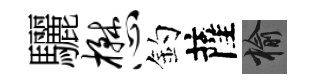
驪懋釣薩榆